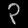
Digit: ၃